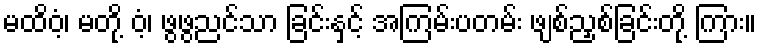
မထိဝံ့၊ မတို့ ဝံ့၊ ဖွဖွညင်သာ ခြင်းနှင့် အကြမ်းပတမ်း ဖျစ်ညှစ်ခြင်းတို့ ကြား။